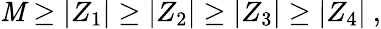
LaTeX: \mathit{M}\geq|Z_{1}|\geq|Z_{2}|\geq|Z_{3}|\geq|Z_{4}|~,